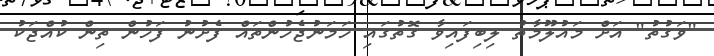
"ވަގުތު" އަށް މައުލޫމާތު ލިބިފައިވާ ގޮތުގައި ހަމަނުޖެހުންތައް ފެށުނު ފަހުން ތިން ކުއްޖަކު